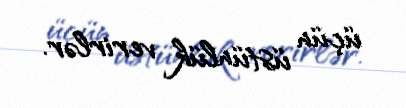
üçün üstünlük verirlər.